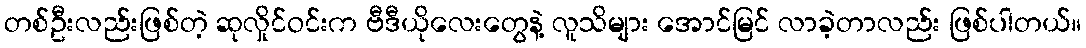
တစ်ဦးလည်းဖြစ်တဲ့ ဆုလှိုင်ဝင်းက ဗီဒီယိုလေးတွေနဲ့ လူသိများ အောင်မြင် လာခဲ့တာလည်း ဖြစ်ပါတယ်။